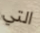
التي